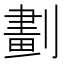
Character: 劃